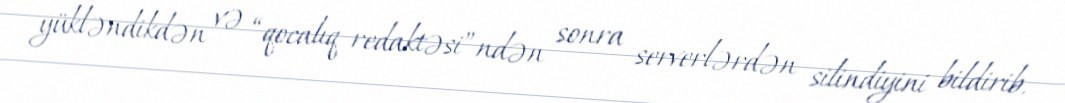
yükləndikdən və “qocalıq redaktəsi”ndən sonra serverlərdən silindiyini bildirib.